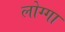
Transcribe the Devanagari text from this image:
लोग्गा